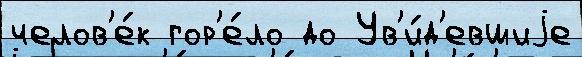
челов'е́к гор'е́ло до Ув'и́д'евшиjе